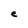
Character: e